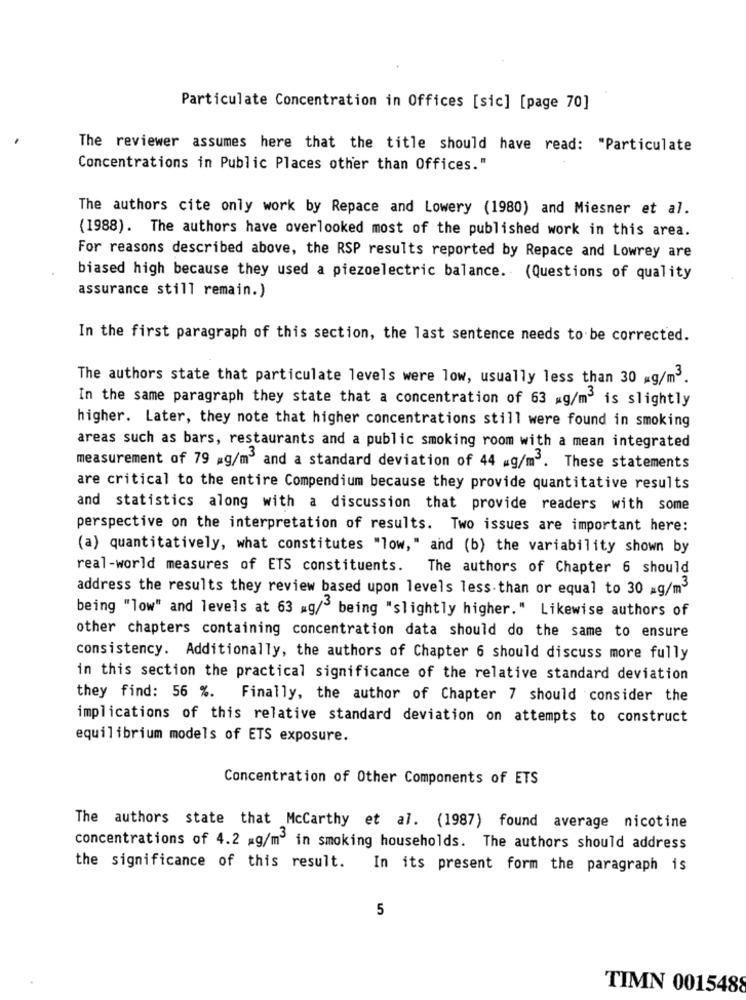
Particulate Concentration in Offices [sic] [page 70]
The reviewer assumes here that the title should have read: "Particulate
Concentrations in Public Places other than Offices."
The authors cite only work by Repace and Lowery (1980) and Miesner et al.
(1988). The authors have overlooked most of the published work in this area.
For reasons described above, the RSP results reported by Repace and Lowrey are
biased high because they used a piezoelectric balance. (Questions of quality
assurance still remain.)
In the first paragraph of this section, the last sentence needs to be corrected.
The authors state that particulate levels were low, usually less than 30 g/m3.
In the same paragraph they state that a concentration of 63 xg/m3 is slightly
higher. Later, they note that higher concentrations still were found in smoking
areas such as bars, restaurants and a public smoking room with a mean integrated
measurement of 79 mg/m3 and a standard deviation of 44 _g/m3. These statements
are critical to the entire Compendium because they provide quantitative results
and statistics along with a discussion that provide readers with some
perspective on the interpretation of results. Two issues are important here:
(a) quantitatively, what constitutes "low," and (b) the variability shown by
real-world measures of ETS constituents. The authors of Chapter 6 should
address the results they review based upon levels less than or equal to 30 ag/m3
being "low" and levels at 63 mg/" being "slightly higher." Likewise authors of
other chapters containing concentration data should do the same to ensure
consistency. Additionally, the authors of Chapter 6 should discuss more fully
in this section the practical significance of the relative standard deviation
they find: 56 %. Finally, the author of Chapter 7 should consider the
implications of this relative standard deviation on attempts to construct
equilibrium models of ETS exposure.
Concentration of Other Components of ETS
The authors state that Mccarthy et al. (1987) found average nicotine
concentrations of 4.2 mg/m3 in smoking households. The authors should address
the significance of this result.
In its present form the paragraph is
5
TIMN 0015488